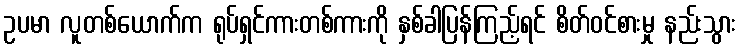
ဥပမာ လူတစ်ယောက်က ရုပ်ရှင်ကားတစ်ကားကို နှစ်ခါပြန်ကြည့်ရင် စိတ်ဝင်စားမှု နည်းသွား